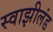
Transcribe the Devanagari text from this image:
स्वाझीलंड